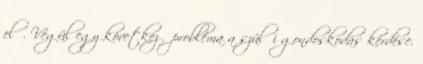
elő. Végül egy következő probléma a szülői gondoskodás kérdése.